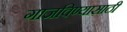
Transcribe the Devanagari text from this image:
गाजविण्यासाठी